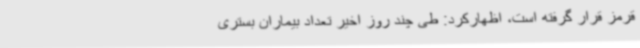
قرمز قرار گرفته است، اظهارکرد: طی چند روز اخیر تعداد بیماران بستری